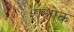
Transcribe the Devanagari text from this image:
शलोक